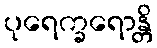
ပုရေက္ခရောန္တိ